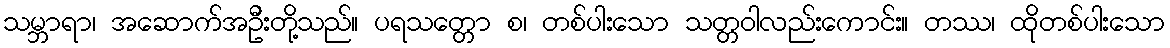
သမ္ဘာရာ၊ အဆောက်အဦးတို့သည်။ ပရသတ္တော စ၊ တစ်ပါးသော သတ္တဝါလည်းကောင်း။ တဿ၊ ထိုတစ်ပါးသော